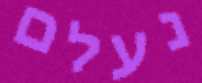
נעלם